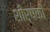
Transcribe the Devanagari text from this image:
शीर्षकाें